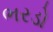
ભરડો